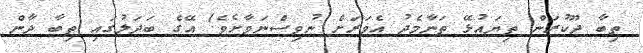
ތިބާ ދޫކުރަން ތިޔައުޅޭ ތަނާމެދު އެވަރަށް ނުވިސްނަވާށެވެ! އޭގެ ބަދަލުގައި ތިބާ ދާން